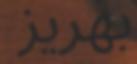
بھريز